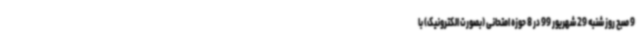
9 صبح روز شنبه 29 شهریور 99 در 8 حوزه امتحانی (بصورت الکترونیک) با